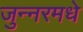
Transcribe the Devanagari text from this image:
जुन्नरमधे